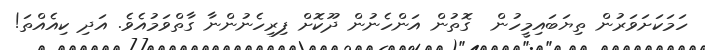
ހަމަކަށަވަރުން ތިޔަބައިމީހުން  ގޮތުން އަންހެނުން ދޫކޮށް ފިރިހެނުންނާ ގާތްވަމުއެވެ. އަދި ކިއެއްތަ!